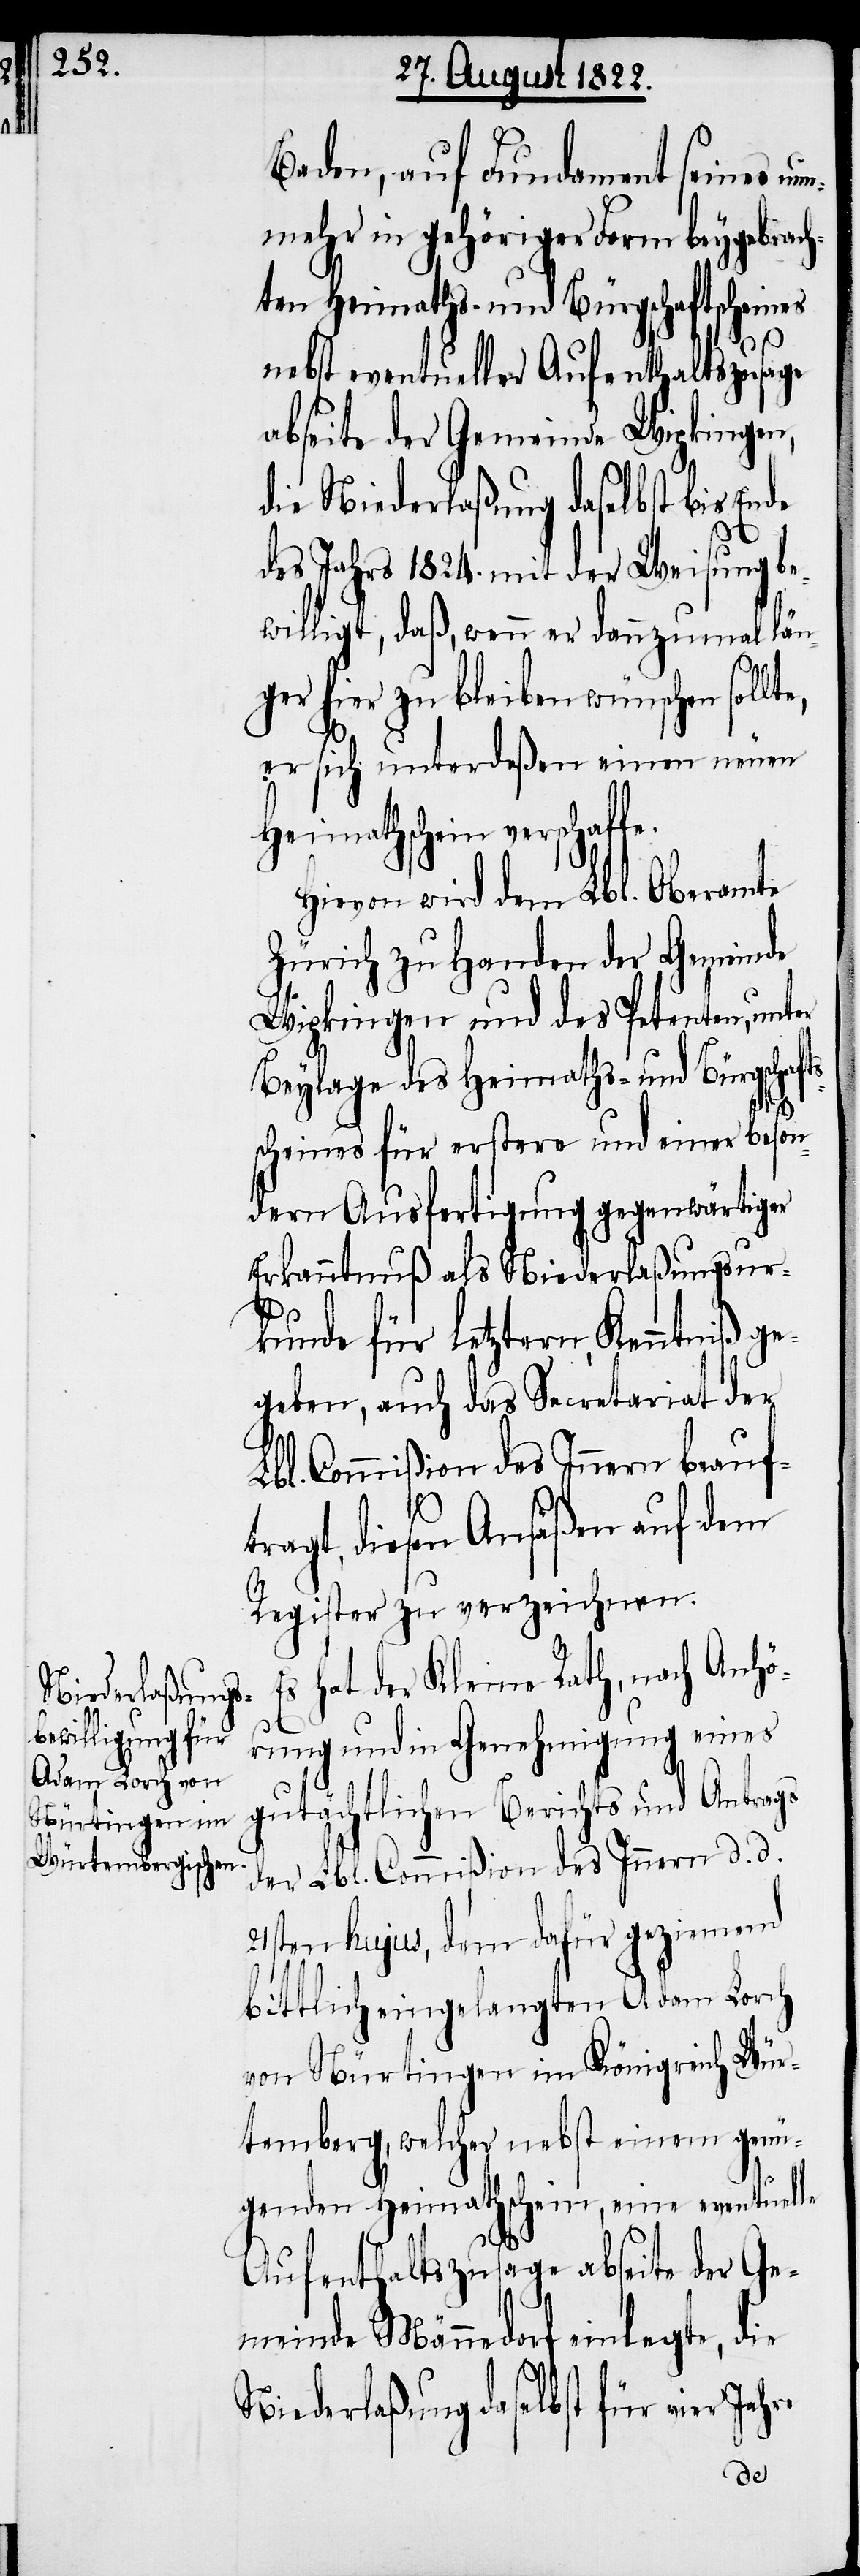
Baden, auf Fundament seines n¬
unmehr in gehöriger Form beygebrach¬
ten Heimaths- und Bürgschaftscheines
nebst eventueller Aufenthaltszusage
abseite der Gemeinde Wipkingen,
die Niederlaßung daselbst bis Ende
s¬
des Jahres 1824. mit der Weisung be¬
willigt, daß, wenn er dannzumal län¬
ger hier zu bleiben wünschen sollt¬
e, er sich unterdeßen einen neuen
Heimathschein verschaf¬
Hievon wird dem Lbl. Oberamte
Zürich zu Handen der Gemeinde
Wipkingen und des Petenten, unter
Beylage des Heimaths- und Bürgschaft¬
scheins für erstere und einer beson¬
dern Ausfertigung gegenwärtiger
Erkanntnuß als Niederlaßungsur¬
kunde für Letztern, Kenntniß ge¬
geben, auch das Secretariat der
Lbl. Commißion des Innern beauf¬
tragt, diesen Ansäßen auf dem
Register zu verzeichnen.
Es hat der Kleine Rath, nach Anhö¬
rung und in Genehmigung eines
gutächtlichen Berichts und Antrags
der Lbl. Commißion des Innern d. d.
21sten hujus, dem dafür geziemend
bittlich eingelangten Adam Lorch
von Nürtingen im Königreich Wür¬
temberg, welcher nebst einem genü¬
genden Heimathschein, eine eventuelle
Aufenthaltszusage abseite der Ge¬
meinde Männedorf einlegte, die
Niederlaßung daselbst für vier
Jahre